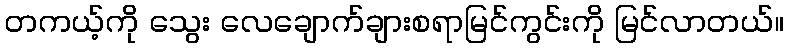
တကယ့်ကို သွေး လေချောက်ချားစရာမြင်ကွင်းကို မြင်လာတယ်။